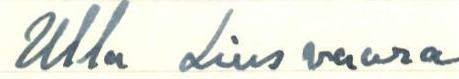
Ulla Liusvaara